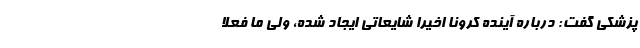
پزشکی گفت: درباره آینده کرونا اخیراً شایعاتی ایجاد شده، ولی ما فعلا